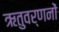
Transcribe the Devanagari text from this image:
ऋतुवर्णनों